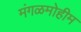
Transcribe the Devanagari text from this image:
मंगळमोहीम